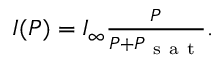
\begin{array} { r } { I ( P ) = I _ { \infty } \frac { P } { P + P _ { \mathrm { ~ s ~ a ~ t ~ } } } . } \end{array}